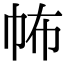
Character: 𢁻